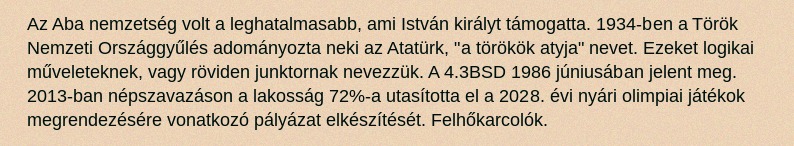
Az Aba nemzetség volt a leghatalmasabb, ami István királyt támogatta. 1934-ben a Török Nemzeti Országgyűlés adományozta neki az Atatürk, "a törökök atyja" nevet. Ezeket logikai műveleteknek, vagy röviden junktornak nevezzük. A 4.3BSD 1986 júniusában jelent meg. 2013-ban népszavazáson a lakosság 72%-a utasította el a 2028. évi nyári olimpiai játékok megrendezésére vonatkozó pályázat elkészítését. Felhőkarcolók.